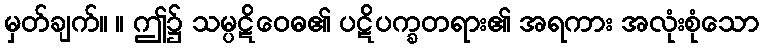
မှတ်ချက်။ ။ ဤ၌ သမ္ပဋိဝေဓ၏ ပဋိပက္ခတရား၏ အရကား အလုံးစုံသော